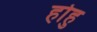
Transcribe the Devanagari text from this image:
होहु